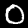
Label: 0